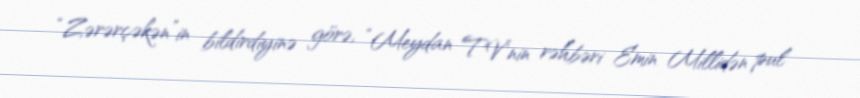
“Zərərçəkən”in bildirdiyinə görə, “Meydan TV”nin rəhbəri Emin Millidən pul